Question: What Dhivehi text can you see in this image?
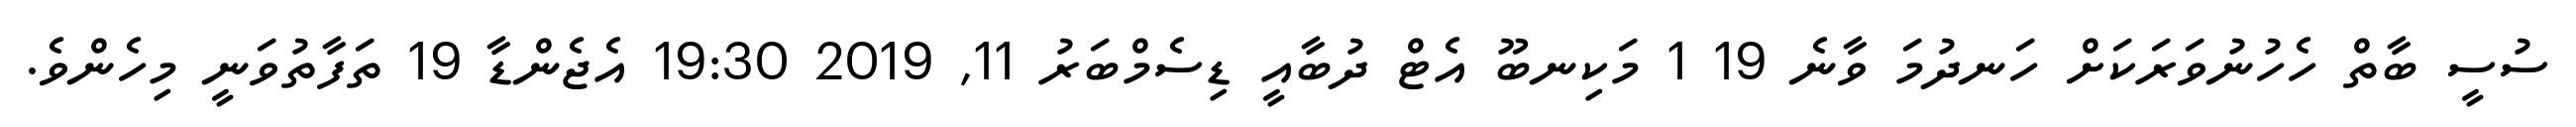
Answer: ސުސީ ބާތް ހެހުނުވަރަކަށް ހަނދުމަ ވާނެ 19 1 މަކިނބޫ އެޓް ދުބާއީ ޑިސެމްބަރު 11, 2019 19:30 އެޖެންޑާ 19 ތަފާތުވަނީ މިހެންވެ.